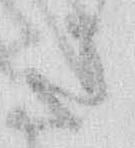
さ